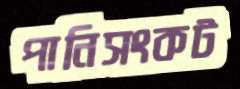
পানিসংকট